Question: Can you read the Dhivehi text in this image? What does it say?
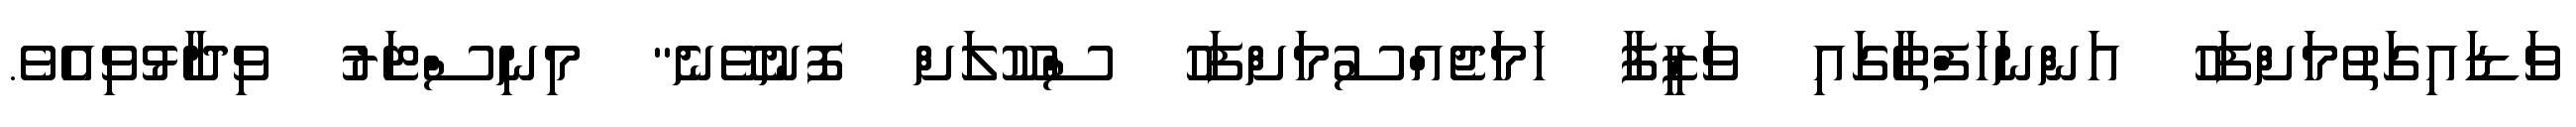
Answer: ވަޑައިގަތުމަށްފަހު އަންނަހަފްތާގައި ވަޒީފާ ހަމަޖެއްސުމަށްފަހު ސްކޫލަށް ފޮނުވޭނެ" މިނިސްޓަރު ވިދާޅުވިއެވެ.